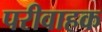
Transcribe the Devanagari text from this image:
परीवाहक